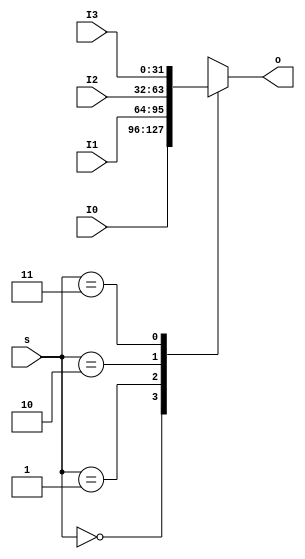
`timescale 1ps / 1ps
//////////////////////////////////////////////////////////////////////////////////
// Company: 
// Engineer: 
// 
// Design Name: 
// Module Name: Mux4to1b32
// Project Name: 
// Target Devices: 
// Tool Versions: 
// Description: 
// 
// Dependencies: 
// 
// Revision:
// Revision 0.01 - File Created
// Additional Comments:
// 
//////////////////////////////////////////////////////////////////////////////////


module Mux4to1b32(
		input [1:0] s,
		input [31:0] I0,
		input [31:0] I1,
		input [31:0] I2,
		input [31:0] I3,
		output reg [31:0] o
		);
	always @(*) begin
		case(s)
			2'b00: o = I0;
			2'b01: o = I1;
			2'b10: o = I2;
			2'b11: o = I3;
			default: o = I0;
		endcase
	end
endmodule